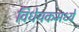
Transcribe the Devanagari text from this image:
विधेयकमध्ये